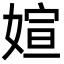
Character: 媗